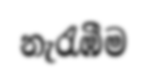
නැරැඹීම